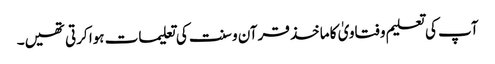
آپ کی تعلیم و فتاویٰ کا ماخذ قرآن و سنت کی تعلیمات ہوا کرتی تھیں۔